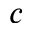
c